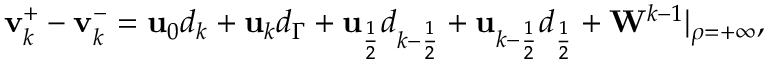
\begin{array} { r } { \mathbf { v } _ { k } ^ { + } - \mathbf { v } _ { k } ^ { - } = \mathbf { u } _ { 0 } d _ { k } + \mathbf { u } _ { k } d _ { \Gamma } + \mathbf { u } _ { \frac { 1 } { 2 } } d _ { k - \frac { 1 } { 2 } } + \mathbf { u } _ { k - \frac { 1 } { 2 } } d _ { \frac { 1 } { 2 } } + \mathbf { W } ^ { k - 1 } | _ { \rho = + \infty } , } \end{array}